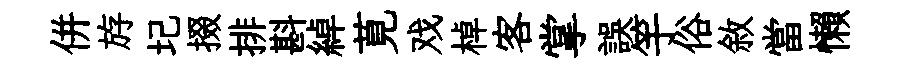
併斿圮掇排斟綽莧戏棹客掌誤竽俗敘當懶